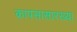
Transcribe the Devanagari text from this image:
कापसासारख्या